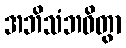
အဘိသံဘဝိတွာ